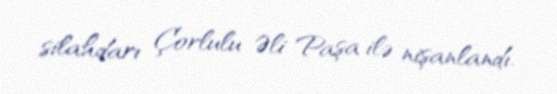
silahdarı Çorlulu Əli Paşa ilə nişanlandı.